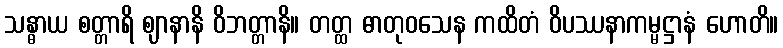
သန္ဓာယ စတ္တာရိ ဈာနာနိ ဝိဘတ္တာနိ။ တတ္ထ ဓာတုဝသေန ကထိတံ ဝိပဿနာကမ္မဋ္ဌာနံ ဟောတိ။